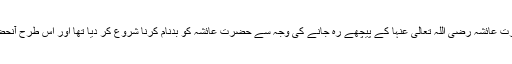
ان کا یہ چرچا ایسا ہی تھا جیسا کہ انہوں نے غزوۂ بنی مصطلق میں حضرت عائشہ رضی اللہ تعالیٰ عنہا کے پیچھے رہ جانے کی وجہ سے حضرت عائشہؓ کو بدنام کرنا شروع کر دیا تھا اور اس طرح آنحضرت صلی اللہ علیہ وسلم کی زندگی تلخ کرنے کی ناپاک کوشش کی تھی۔